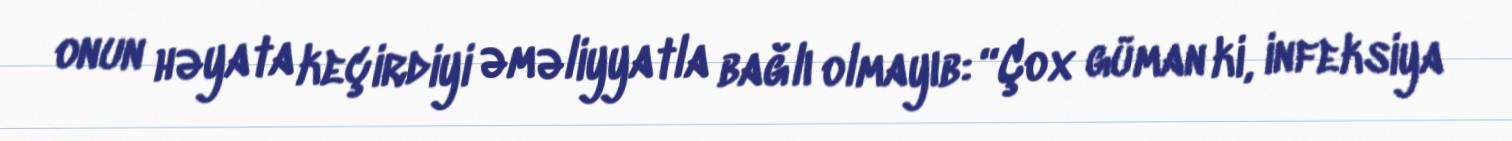
onun həyata keçirdiyi əməliyyatla bağlı olmayıb: “Çox güman ki, infeksiya